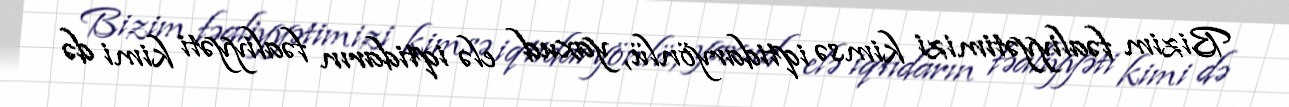
Bizim fəaliyyətimizi kimsə iqtidaryönlü, yaxud elə iqtidarın fəaliyyəti kimi də